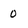
Character: 0